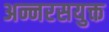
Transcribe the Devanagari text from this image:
अन्नरसयुक्त